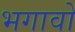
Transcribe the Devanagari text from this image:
भगावो